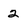
Character: 2